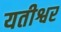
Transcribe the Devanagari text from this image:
यतीश्वर